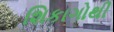
શિકાગોથી